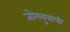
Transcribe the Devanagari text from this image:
जोगबुवांची